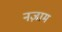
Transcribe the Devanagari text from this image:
नज़ाम